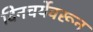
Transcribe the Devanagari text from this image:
दिनचर्येवरून